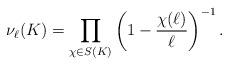
LaTeX: \begin{align*}\nu_{\ell}(K) = \prod_{\chi \in S(K)}\left(1-\frac{\chi(\ell)}{\ell}\right)^{-1}.\end{align*}